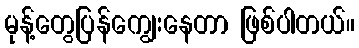
မုန့်တွေပြန်ကျွေးနေတာ ဖြစ်ပါတယ်။